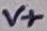
Text: V+